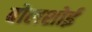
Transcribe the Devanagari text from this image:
बोलशोई